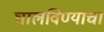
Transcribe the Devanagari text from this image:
घालविण्याचा